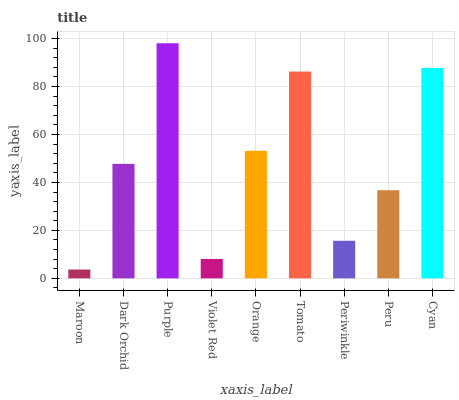
| xaxis_label | bars |
 | --- | --- |
 | Maroon | 3.67 |
 | Dark Orchid | 47.8 |
 | Purple | 98 |
 | Violet Red | 8.08 |
 | Orange | 53.2 |
 | Tomato | 86.3 |
 | Periwinkle | 15.7 |
 | Peru | 36.8 |
 | Cyan | 87.8 |